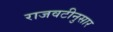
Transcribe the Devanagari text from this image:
राजवटीनुसार